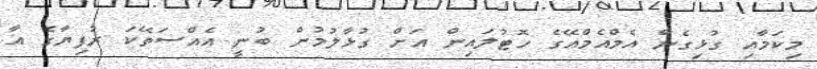
މިކަމާއި ގުޅިގެން އެމްއެމްއޭގެ ހޮޓުލައިން އަށް ގުޅާލުމުން ބުނީ އެއްސަތޭކަ ރުފިޔާގެ އާ